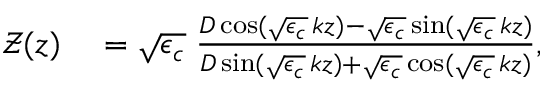
\begin{array} { r l } { \mathcal { Z } ( z ) } & { { } = \sqrt { \epsilon _ { c } } \; \frac { D \cos ( \sqrt { \epsilon _ { c } } \, k z ) - \sqrt { \epsilon _ { c } } \sin ( \sqrt { \epsilon _ { c } } \, k z ) } { D \sin ( \sqrt { \epsilon _ { c } } \, k z ) + \sqrt { \epsilon _ { c } } \cos ( \sqrt { \epsilon _ { c } } \, k z ) } , } \end{array}